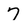
Character: 7